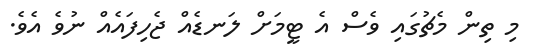
މި ތިން މެޗުގައި ވެސް އެ ޓީމަށް ލަނޑެއް ޖެހިފައެއް ނުވެ އެވެ.